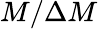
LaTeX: M/\Delta M